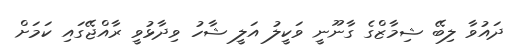
ދައުވާ ލިބޭ ޝިމާޒްގެ ގާނޫނީ ވަކީލު އަލީ ޝާހު ވިދާޅުވީ ރާއްޖޭގައި ކަމަށް